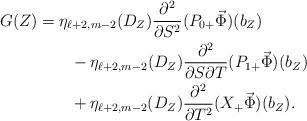
LaTeX: \begin{align*}G(Z)&=\eta_{\ell+2,m-2}(D_Z)\frac{\partial^2}{\partial S^2}(P_{0+}\vec\Phi)(b_Z)\\ &\qquad-\eta_{\ell+2,m-2}(D_Z)\frac{\partial^2}{\partial S\partial T}(P_{1+}\vec\Phi)(b_Z)\\ &\qquad+\eta_{\ell+2,m-2}(D_Z)\frac{\partial^2}{\partial T^2}(X_+\vec\Phi)(b_Z).\end{align*}